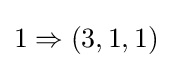
1\Rightarrow (3,1,1)